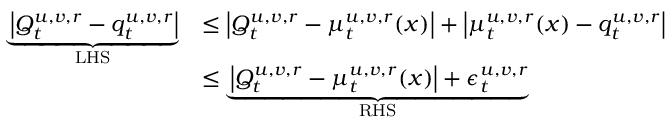
\begin{array} { r l } { \underbrace { \left| Q _ { t } ^ { u , v , r } - { q } _ { t } ^ { u , v , r } \right| } _ { \mathrm { L H S } } } & { \leq \left| Q _ { t } ^ { u , v , r } - { \mu } _ { t } ^ { u , v , r } ( \boldsymbol { x } ) \right| + \left| { \mu } _ { t } ^ { u , v , r } ( \boldsymbol { x } ) - { q } _ { t } ^ { u , v , r } \right| } \\ & { \leq \underbrace { \left| Q _ { t } ^ { u , v , r } - { \mu } _ { t } ^ { u , v , r } ( \boldsymbol { x } ) \right| + \epsilon _ { t } ^ { u , v , r } } _ { \mathrm { R H S } } } \end{array}